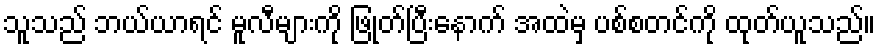
သူသည် ဘယ်ယာရင် မူလီများကို ဖြုတ်ပြီးနောက် အထဲမှ ပစ်စတင်ကို ထုတ်ယူသည်။